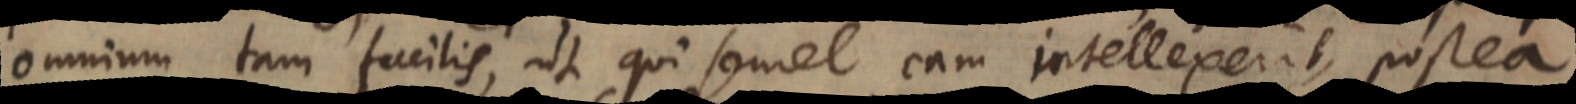
omnium tam facilis, ut qui semel eam intellexerit, postea